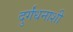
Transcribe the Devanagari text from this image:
दुर्गंधनाशी